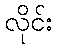
လိုင်း